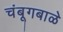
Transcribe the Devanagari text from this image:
चंबूगबाळे